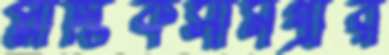
প্লাস্টিকসামগ্রীর